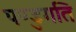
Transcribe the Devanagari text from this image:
पण्डुगति